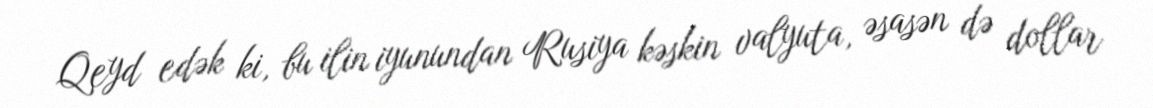
Qeyd edək ki, bu ilin iyunundan Rusiya kəskin valyuta, əsasən də dollar